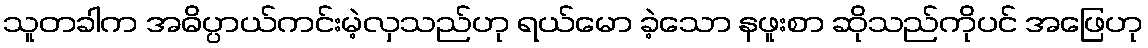
သူတခါက အဓိပ္ပာယ်ကင်းမဲ့လှသည်ဟု ရယ်မော ခဲ့သော နဖူးစာ ဆိုသည်ကိုပင် အဖြေဟု